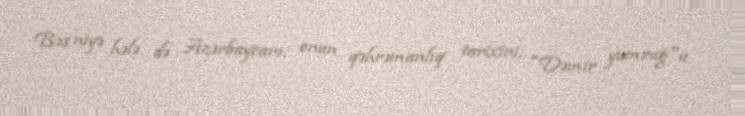
Bəs niyə hələ də Azərbaycanı, onun qəhrəmanlıq tarixini, "Dəmir yumruğ"u